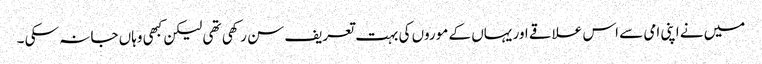
میں نے اپنی امی سے اس علاقے اور یہاں کے موروں کی بہت تعریف سن رکھی تھی لیکن کبھی وہاں جا نہ سکی ۔